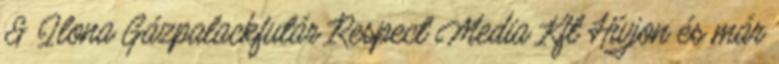
& Ilona Gázpalackfutár Respect Media Kft Hívjon és már